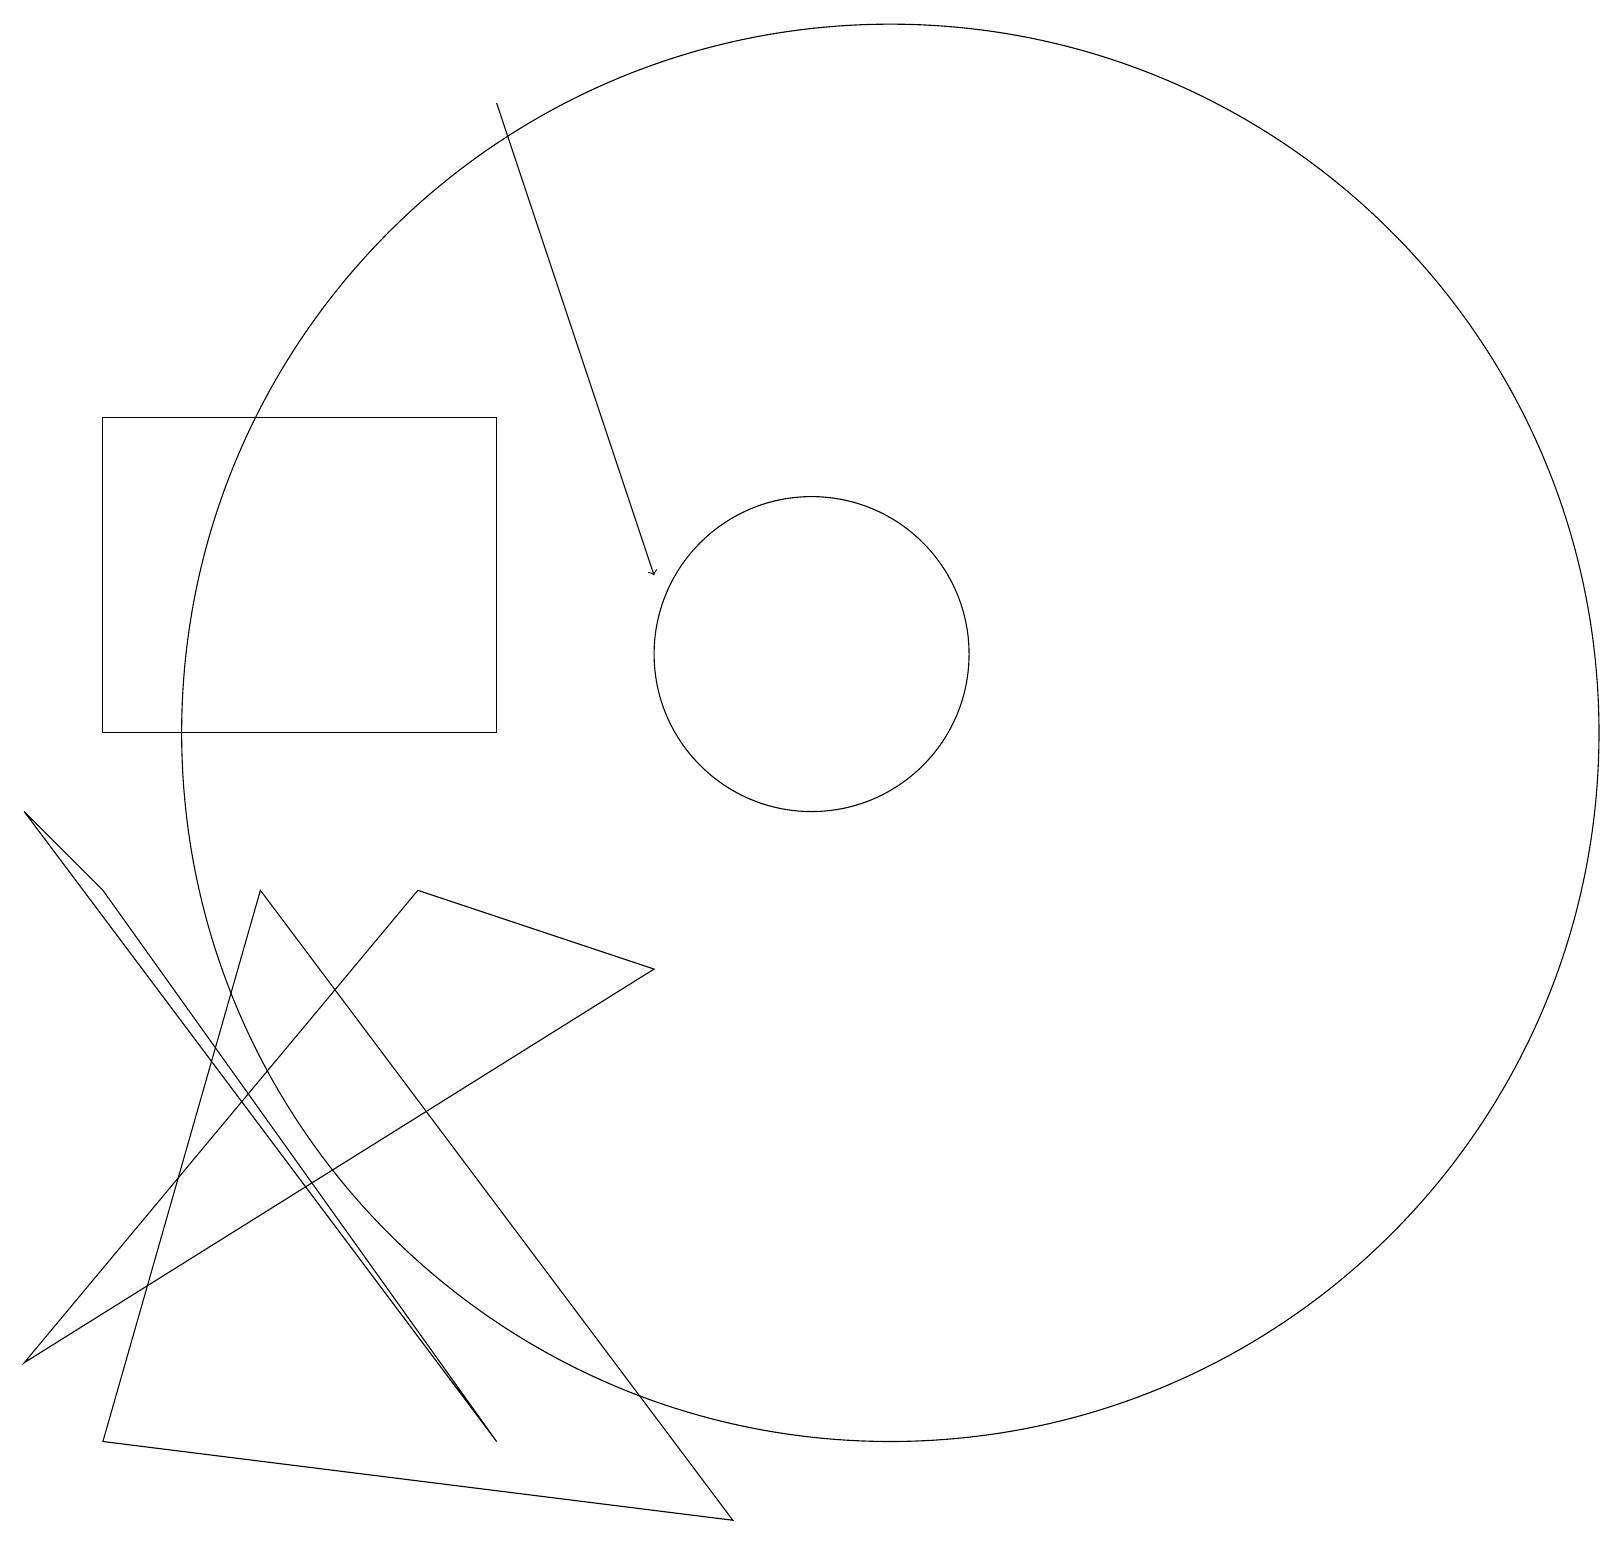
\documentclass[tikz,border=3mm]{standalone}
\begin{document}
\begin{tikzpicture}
\draw (11,10) circle (9);
\draw (6,10) rectangle (1,14);
\draw (1,8) -- (6,1) -- (0,9) -- cycle;
\draw (10,11) circle (2);
\draw (3,8) -- (1,1) -- (9,0) -- cycle;
\draw[->] (6,18) -- (8,12);
\draw (0,2) -- (5,8) -- (8,7) -- cycle;
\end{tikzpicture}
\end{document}